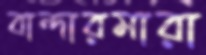
বান্দারমারা